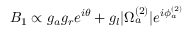
B _ { 1 } \propto g _ { a } g _ { r } e ^ { i \theta } + g _ { l } | \Omega _ { a } ^ { ( 2 ) } | e ^ { i \phi _ { a } ^ { ( 2 ) } }